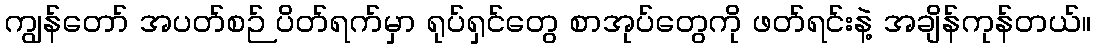
ကျွန်တော် အပတ်စဉ် ပိတ်ရက်မှာ ရုပ်ရှင်တွေ စာအုပ်တွေကို ဖတ်ရင်းနဲ့ အချိန်ကုန်တယ်။